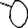
Digit: 0